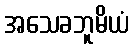
အသေခဘူမိယံ